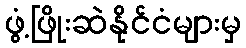
ဖွံ့ဖြိုးဆဲနိုင်ငံများမှ